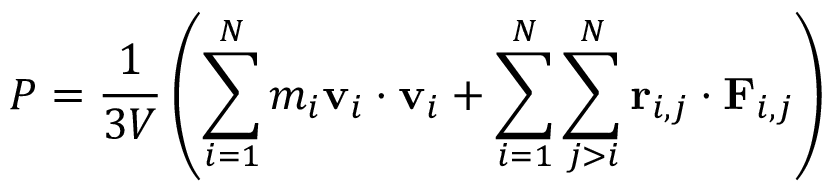
P = \frac { 1 } { 3 V } \left( \sum _ { i = 1 } ^ { N } m _ { i } \mathbf { v } _ { i } \cdot \mathbf { v } _ { i } + \sum _ { i = 1 } ^ { N } \sum _ { j > i } ^ { N } \mathbf { r } _ { i , j } \cdot \mathbf { F } _ { i , j } \right)